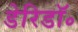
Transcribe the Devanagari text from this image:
डेरिडॉ॰